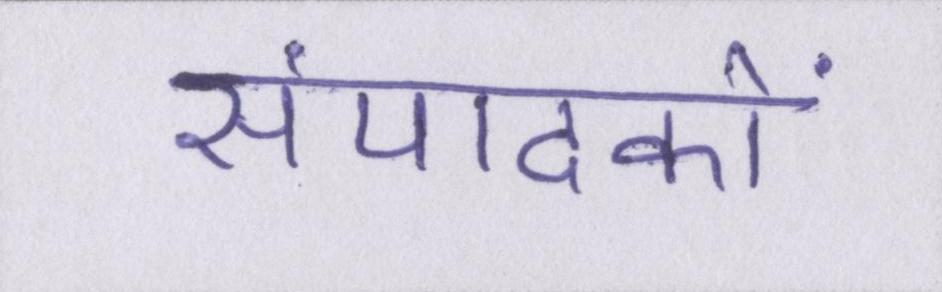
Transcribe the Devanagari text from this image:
संपादकों